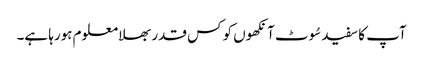
آپ کا سفید سُوٹ آنکھوں کو کس قدر بھلا معلوم ہورہا ہے۔